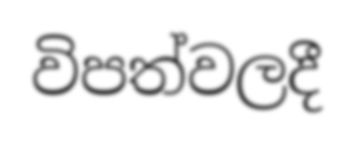
විපත්වලදී